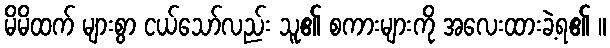
မိမိထက် များစွာ ငယ်သော်လည်း သူ၏ စကားများကို အလေးထားခဲ့ရ၏ ။